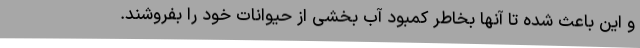
و این باعث شده تا آنها بخاطر کمبود آب بخشی از حیوانات خود را بفروشند.